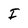
Character: I